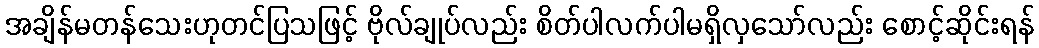
အချိန်မတန်သေးဟုတင်ပြသဖြင့် ဗိုလ်ချုပ်လည်း စိတ်ပါလက်ပါမရှိလှသော်လည်း စောင့်ဆိုင်းရန်